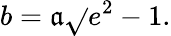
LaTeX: b=\mathfrak{a}{\sqrt{}{{e^{2}-1}}}.